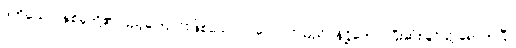
ဒုတိယော၊ နှစ်ခုတို့၏ ပြည့်ကြောင်းဖြစ်သော။ ဝဂ္ဂေါ၊ ဝဂ်သည်။ နိဋ္ဌိတော၊ ပြီးဆုံးခြင်သို့ ရောက်ပြီ။